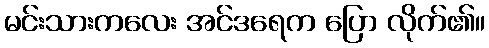
မင်းသားကလေး အင်ဒရေက ပြော လိုက်၏။